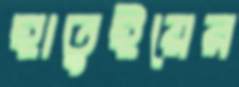
হাতুইয়ের